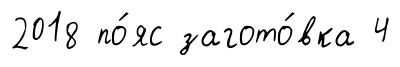
2018 по́яс загото́вка 4